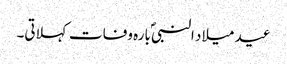
عید میلاد النبیؐ بارہ وفات کہلاتی۔